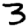
Digit: 3